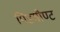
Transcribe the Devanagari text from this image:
पिंडमौण्ट